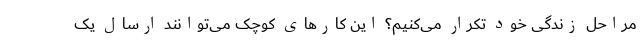
مراحل زندگی خود تکرار می‌کنیم؟ این کارهای کوچک می‌توانند ارسال یک